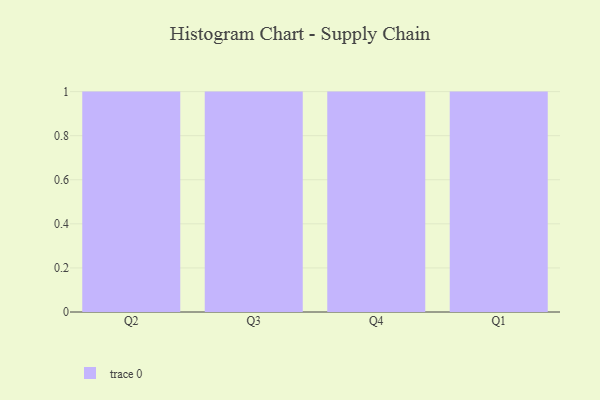
{"axis": {"x": "Quarter", "y": "Budget (USD K)"}, "legend": [""], "data": [{"x": "Q2", "y": 86, "type": ""}, {"x": "Q3", "y": 30, "type": ""}, {"x": "Q4", "y": 80, "type": ""}, {"x": "Q1", "y": 8, "type": ""}]}